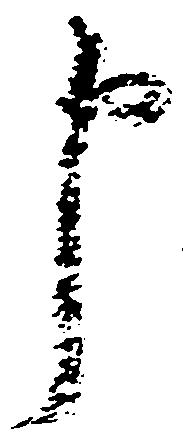
申